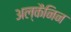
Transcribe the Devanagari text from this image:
अल्कैनिन